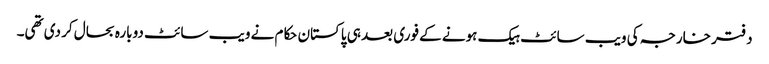
دفتر خارجہ کی ویب سائٹ ہیک ہونے کے فوری بعد ہی پاکستان حکام نے ویب سائٹ دوبارہ بحال کر دی تھی۔